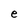
Character: e